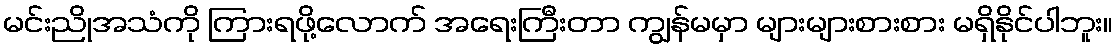
မင်းညိုအသံကို ကြားရဖို့လောက် အရေးကြီးတာ ကျွန်မမှာ များများစားစား မရှိနိုင်ပါဘူး။